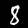
Digit: 8